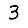
Digit: 3